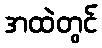
အထဲတွင်